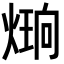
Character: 𪹔